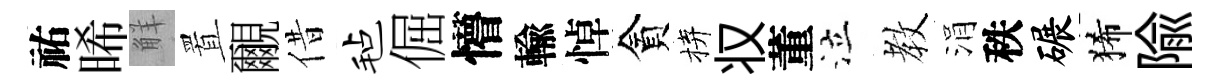
祐晞觧置覼借毡倔懵輸悼貪拚𠬧董泣教涓秩碾狶隃